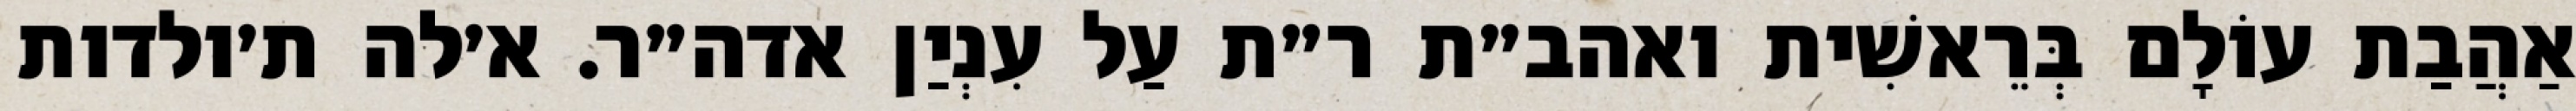
אַהֲבַת עוֹלָם בְּרֵאשִׁית ואהב״ת ר״ת עַל עִנְיַן אדה״ר. א׳לה ת׳ולדות